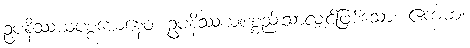
ဥပနိဿယပစ္စယေနေဝ၊ ဥပနိဿယပစ္စည်းသာလျှင်ဖြစ်သော။ ဧကဓာ၊